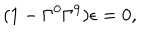
LaTeX: ( 1 - \Gamma ^ { 0 } \Gamma ^ { 9 } ) \epsilon = 0 ,